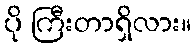
ပို ကြီးတာရှိလား။